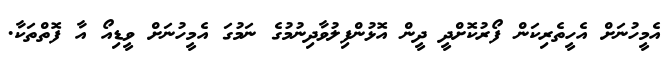
އެމީހުނަށް އެހީތެރިކަން ފޯރުކޮށްދީ ދީން އޮޅުންފިލުވާދިނުމުގެ ނަމުގަަ އެމީހުނަށް ވީޑިއޯ އާ ފޮތްތަކާ.